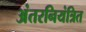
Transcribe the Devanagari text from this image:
अंतरनियंत्रित